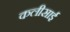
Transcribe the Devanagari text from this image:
कलीसाई